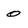
Character: 0